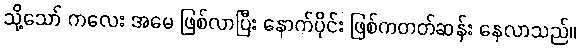
သို့သော် ကလေး အမေ ဖြစ်လာပြီး နောက်ပိုင်း ဖြစ်ကတတ်ဆန်း နေလာသည်။